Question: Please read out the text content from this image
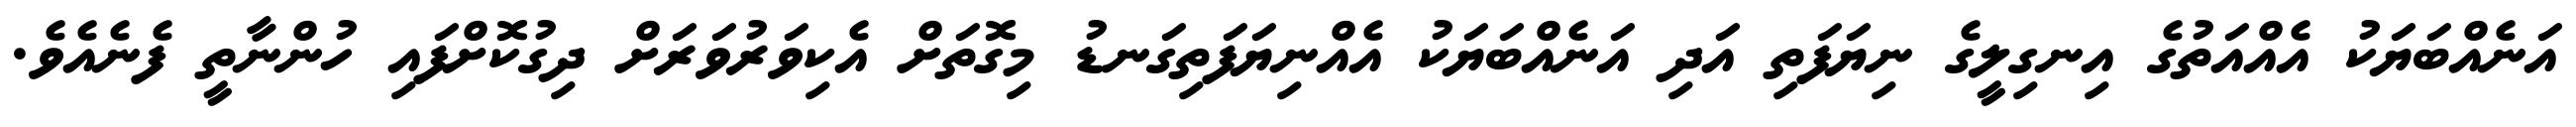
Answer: އަނެއްބަޔަކު އެއްއަތުގެ އިނގިލީގެ ނިޔަފަތި އަދި އަނެއްބަޔަކު އެއްނިޔަފަތިގަނޑު މިގޮތަށް އެކިވަރުވަރަށް ދިގުކޮށްފައި ހުންނާތީ ފެނެއެވެ.